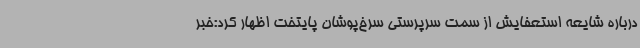
درباره شایعه استعفایش از سمت سرپرستی سرخ‌پوشان پایتخت اظهار کرد:خبر